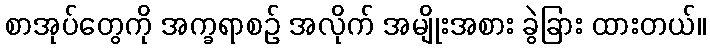
စာအုပ်တွေကို အက္ခရာစဉ် အလိုက် အမျိုးအစား ခွဲခြား ထားတယ်။